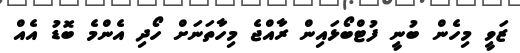
ޒަވީ މިހެން ބުނީ ފުޓްބޯޅައިން ރާއްޖެ މިހާތަނަށް ހޯދި އެންމެ ބޮޑު އެއް